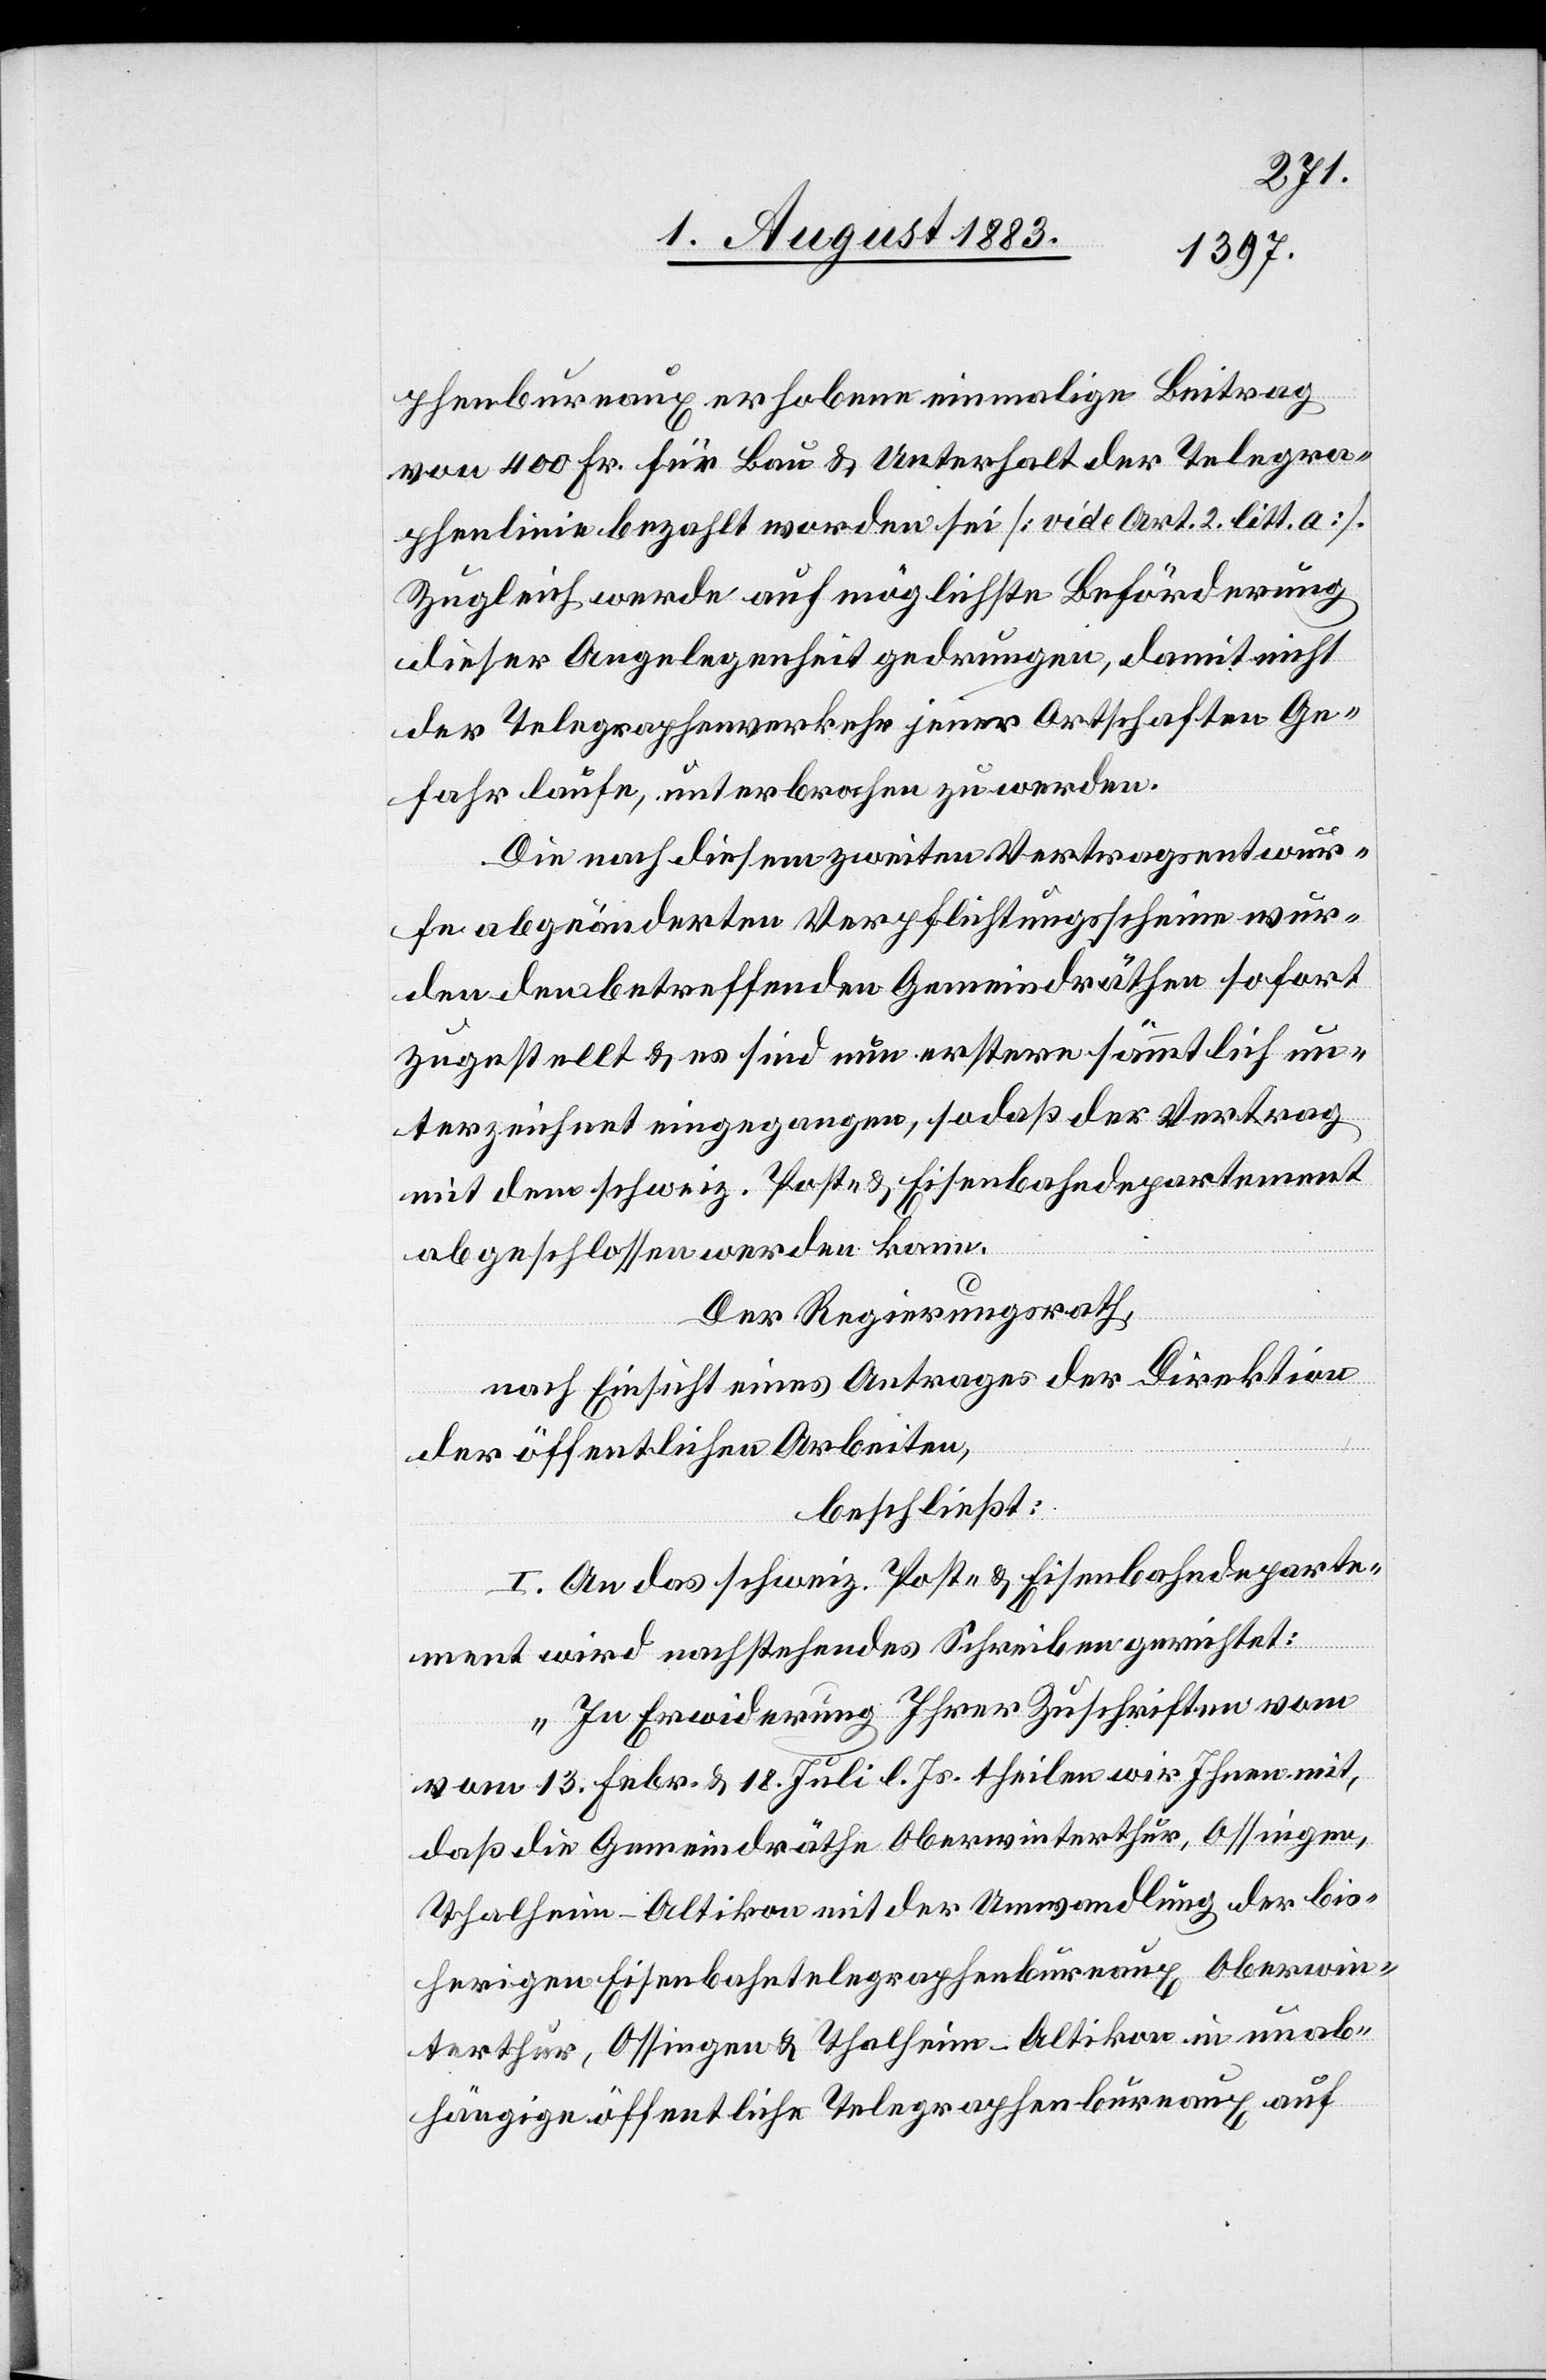
phenbureaux erhobene einmalige Beitrag
von 400 Fr. für Bau & Unterhalt der Telegra¬
phenlinie bezahlt worden sei [vide Art. 2 litt. a].
Zugleich werde auf möglichste Beförderung
dieser Angelegenheit gedrungen, damit nicht
der Telegraphenverkehr jener Ortschaften Ge¬
fahr laufe, unterbrochen zu werden.
Die nach diesem zweiten Vertragsentwur¬
fe abgeänderten Verpflichtungsscheine wur¬
den den betreffenden Gemeindräthen sofort
zugestellt & es sind nun erstere sämmtlich un¬
terzeichnet eingegangen, so daß der Vertrag
mit dem schweiz. Post- & Eisenbahndepartement
abgeschlossen werden kann.
vom
[si¬
Der Regierungsrath,
nach Einsicht eines Antrages der Direktion
der öffentlichen Arbeiten,
beschließt:
c!] An das schweiz. Post- & Eisenbahndeparte¬
ment wird nachstehendes Schreiben gerichtet:
„In Erwiderung Ihrer Zuschriften vom
13. Febr. & 18. Juli l. Js. theilen wir Ihnen mit,
daß die Gemeindräthe Oberwinterthur, Ossingen,
Thalheim-Altikon mit der Umwandlung der bis¬
herigen Eisenbahntelegraphenbureaux Oberwin¬
terthur, Ossingen & Thalheim-Altikon in unab¬
hängige öffentliche Telegraphenbureaux auf